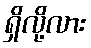
ရှိလို့လား